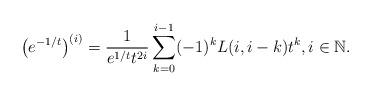
LaTeX: \begin{align*}\bigl(e^{-1/t}\bigr)^{(i)}=\frac1{e^{1/t}t^{2i}} \sum_{k=0}^{i-1}(-1)^kL(i,i-k){t^{k}}, i\in\mathbb{N}.\end{align*}